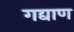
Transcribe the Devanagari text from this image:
गद्याण